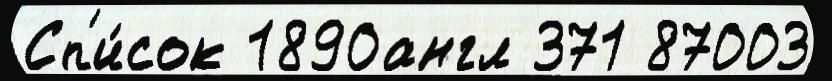
Сп'и́сок 1890англ 371 87003